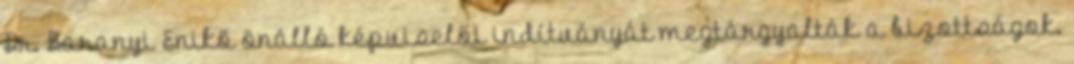
Dr. Baranyi Enikő önálló képviselői indítványát megtárgyalták a bizottságok.